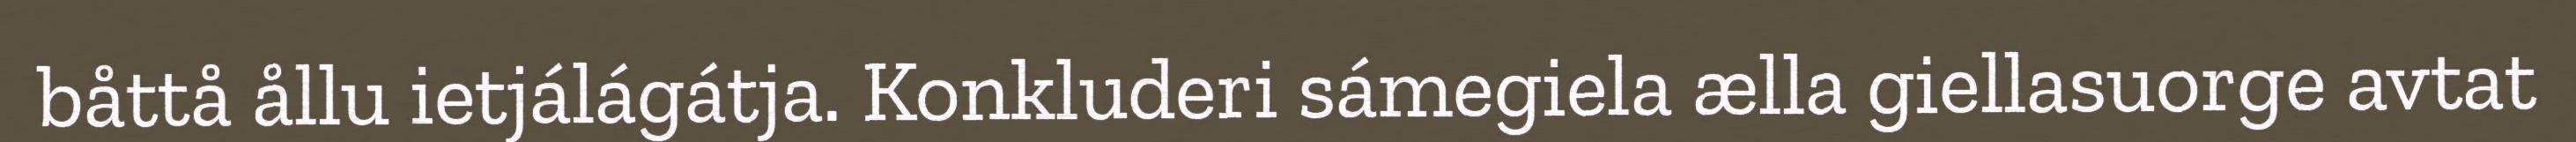
båttå ållu ietjálágátja. Konkluderi sámegiela ælla giellasuorge avtat